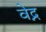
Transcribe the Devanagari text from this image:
वेद्न